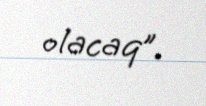
olacaq”.